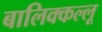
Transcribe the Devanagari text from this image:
बालिक्कल्लू